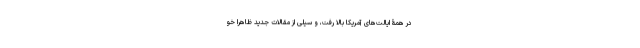
در همۀ ایالت‌های آمریکا بالا رفت، و سیلی از مقالات جدید ظاهراً خو